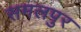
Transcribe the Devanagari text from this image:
समलपुर